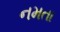
નમતા